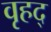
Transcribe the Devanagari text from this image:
वृहद्‌